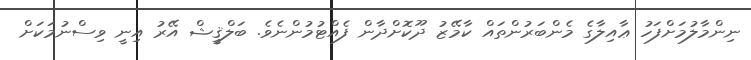
ނިންމާލުމަށްފަހު ޢާއިލާގެ މެންބަރުންތައް ކާމޭޒު ދޫކޮށްދާން ފެއްޓުމުންނެވެ. ބަލްޤީޝް އޭރު އިނީ ވިސްނުމަކަށް